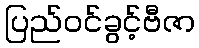
ပြည်ဝင်ခွင့်ဗီဇာ